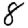
Digit: 8